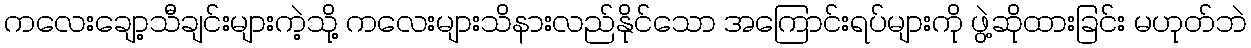
ကလေးချော့သီချင်းများကဲ့သို့ ကလေးများသိနားလည်နိုင်သော အကြောင်းရပ်များကို ဖွဲ့ဆိုထားခြင်း မဟုတ်ဘဲ